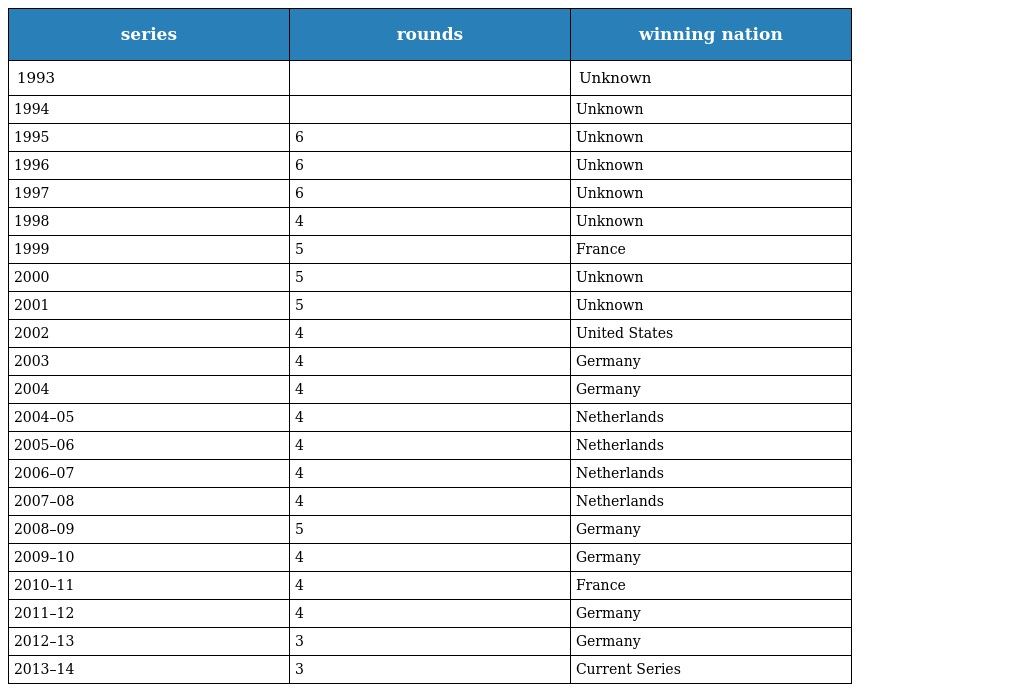
| series | rounds | winning nation |
 | --- | --- | --- |
 | 1993 |  | Unknown |
 | 1994 |  | Unknown |
 | 1995 | 6 | Unknown |
 | 1996 | 6 | Unknown |
 | 1997 | 6 | Unknown |
 | 1998 | 4 | Unknown |
 | 1999 | 5 | France |
 | 2000 | 5 | Unknown |
 | 2001 | 5 | Unknown |
 | 2002 | 4 | United States |
 | 2003 | 4 | Germany |
 | 2004 | 4 | Germany |
 | 2004–05 | 4 | Netherlands |
 | 2005–06 | 4 | Netherlands |
 | 2006–07 | 4 | Netherlands |
 | 2007–08 | 4 | Netherlands |
 | 2008–09 | 5 | Germany |
 | 2009–10 | 4 | Germany |
 | 2010–11 | 4 | France |
 | 2011–12 | 4 | Germany |
 | 2012–13 | 3 | Germany |
 | 2013–14 | 3 | Current Series |